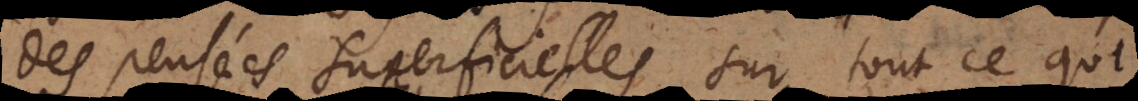
des pensées superficielles sur tout ce qui